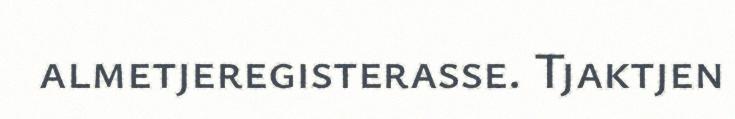
almetjeregisterasse. Tjaktjen